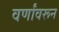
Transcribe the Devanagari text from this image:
वर्णांवरून